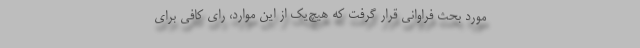
مورد بحث فراوانی قرار گرفت که هیچ‌یک از این موارد، رای کافی برای